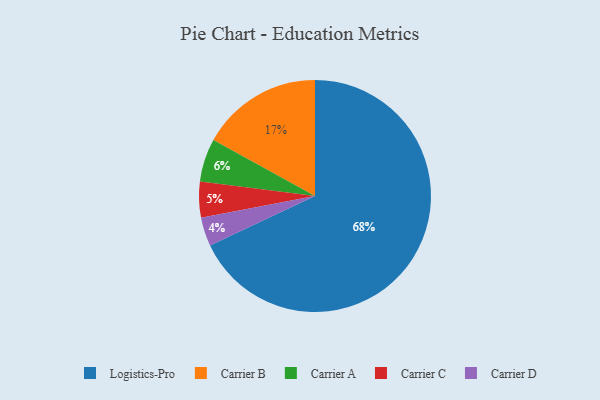
{"axis": {"x": "Category", "y": "Percentage"}, "legend": ["Carrier A", "Carrier B", "Carrier C", "Carrier D", "Logistics-Pro"], "data": [{"x": "Carrier D", "y": 4, "type": "Carrier D"}, {"x": "Carrier A", "y": 6, "type": "Carrier A"}, {"x": "Logistics-Pro", "y": 68, "type": "Logistics-Pro"}, {"x": "Carrier C", "y": 5, "type": "Carrier C"}, {"x": "Carrier B", "y": 17, "type": "Carrier B"}]}